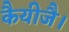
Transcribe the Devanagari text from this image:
कैयीजै।